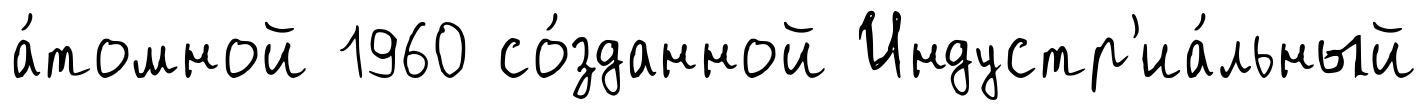
а́томной 1960 со́зданной Индустр'иа́льный